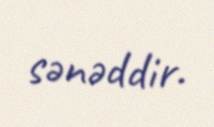
sənəddir.